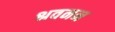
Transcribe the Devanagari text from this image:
श्रवनन